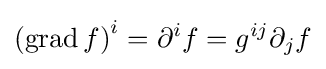
\left(\operatorname {grad} f\right)^{i}=\partial ^{i}f=g^{ij}\partial _{j}f